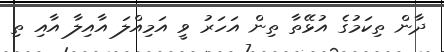
ދާން ތިކަމުގެ އުޅޭތާ ތިން އަހަރު ވީ އަމިއްލަ އާއިލާ އާއި ތި